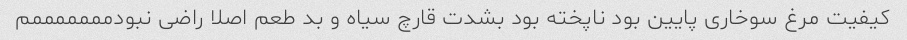
کیفیت مرغ سوخاری پایین بود ناپخته بود بشدت قارچ سیاه و بد طعم اصلا راضی نبودمممممممم